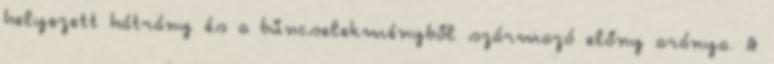
helyezett hátrány és a bűncselekményből származó előny aránya. A